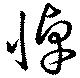
悼